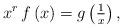
LaTeX: \begin{align*}x^r \, f\left( x \right) = g\left( \tfrac{1}{x} \right),\end{align*}